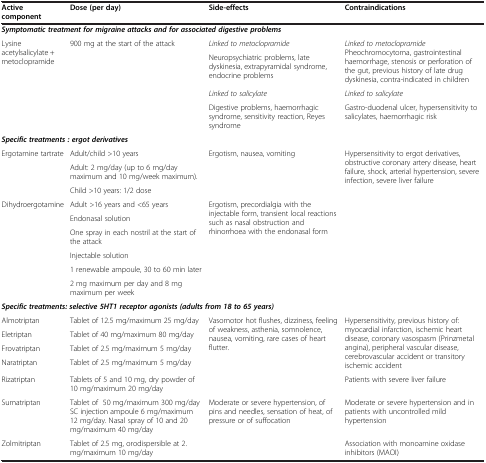
<table><thead><tr><td><b>Active component</b></td><td><b>Dose (per day)</b></td><td><b>Side-effects</b></td><td><b>Contraindications</b></td></tr></thead><tbody><tr><td colspan="4"><b><i>Symptomatic treatment for migraine attacks and for associated digestive problems</i></b></td></tr><tr><td rowspan="4">Lysine acetylsalicylate + metoclopramide</td><td rowspan="4">900 mg at the start of the attack</td><td><i>Linked to metoclopramide</i></td><td rowspan="2"><i>Linked to metoclopramide</i> Pheochromocytoma, gastrointestinal haemorrhage, stenosis or perforation of the gut, previous history of late drug dyskinesia, contra-indicated in children</td></tr><tr><td>Neuropsychiatric problems, late dyskinesia, extrapyramidal syndrome, endocrine problems</td></tr><tr><td><i>Linked to salicylate</i></td><td><i>Linked to salicylate</i></td></tr><tr><td>Digestive problems, haemorrhagic syndrome, sensitivity reaction, Reyes syndrome</td><td>Gastro-duodenal ulcer, hypersensitivity to salicylates, haemorrhagic risk</td></tr><tr><td colspan="4"><b><i>Specific treatments : ergot derivatives</i></b></td></tr><tr><td rowspan="3">Ergotamine tartrate</td><td>Adult/child &gt;10 years</td><td rowspan="3">Ergotism, nausea, vomiting</td><td rowspan="9">Hypersensitivity to ergot derivatives, obstructive coronary artery disease, heart failure, shock, arterial hypertension, severe infection, severe liver failure</td></tr><tr><td>Adult: 2 mg/day (up to 6 mg/day maximum and 10 mg/week maximum).</td></tr><tr><td>Child &gt;10 years: 1/2 dose</td></tr><tr><td rowspan="6">Dihydroergotamine</td><td>Adult &gt;16 years and &lt;65 years</td><td rowspan="6">Ergotism, precordialgia with the injectable form, transient local reactions such as nasal obstruction and rhinorrhoea with the endonasal form</td></tr><tr><td>Endonasal solution</td></tr><tr><td>One spray in each nostril at the start of the attack</td></tr><tr><td>Injectable solution</td></tr><tr><td>1 renewable ampoule, 30 to 60 min later</td></tr><tr><td>2 mg maximum per day and 8 mg maximum per week</td></tr><tr><td colspan="4"><b><i>Specific treatments: selective 5HT1 receptor agonists (adults from 18 to 65 years)</i></b></td></tr><tr><td>Almotriptan</td><td>Tablet of 12.5 mg/maximum 25 mg/day</td><td rowspan="5">Vasomotor hot flushes, dizziness, feeling of weakness, asthenia, somnolence, nausea, vomiting, rare cases of heart flutter.</td><td rowspan="4">Hypersensitivity, previous history of: myocardial infarction, ischemic heart disease, coronary vasospasm (Prinzmetal angina), peripheral vascular disease, cerebrovascular accident or transitory ischemic accident</td></tr><tr><td>Eletriptan</td><td>Tablet of 40 mg/maximum 80 mg/day</td></tr><tr><td>Frovatriptan</td><td>Tablet of 2.5 mg/maximum 5 mg/day</td></tr><tr><td>Naratriptan</td><td>Tablet of 2.5 mg/maximum 5 mg/day</td></tr><tr><td>Rizatriptan</td><td>Tablets of 5 and 10 mg, dry powder of 10 mg/maximum 20 mg/day</td><td>Patients with severe liver failure</td></tr><tr><td>Sumatriptan</td><td>Tablet of 50 mg/maximum 300 mg/day SC injection ampoule 6 mg/maximum 12 mg/day. Nasal spray of 10 and 20 mg/maximum 40 mg/day</td><td rowspan="2">Moderate or severe hypertension, of pins and needles, sensation of heat, of pressure or of suffocation</td><td>Moderate or severe hypertension and in patients with uncontrolled mild hypertension</td></tr><tr><td>Zolmitriptan</td><td>Tablet of 2.5 mg, orodispersible at 2. mg/maximum 10 mg/day</td><td>Association with monoamine oxidase inhibitors (MAOI)</td></tr></tbody></table>